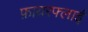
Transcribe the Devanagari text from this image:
फ़ायरफ्लाई